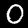
Digit: 0